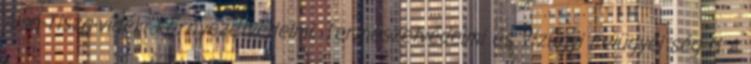
Alsó-Tisza-vidéki Környezetvédelmi, Természetvédelmi és Vízügyi Felügyel ség H A